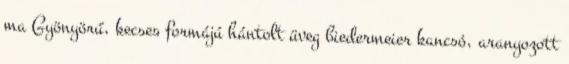
ma Gyönyörű, kecses formájú hántolt üveg biedermeier kancsó, aranyozott